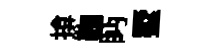
揜鞠眄墅